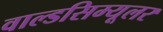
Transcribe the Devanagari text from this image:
वाल्डसिम्यूलर